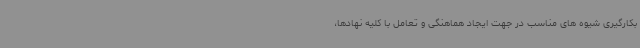
بکارگیری شیوه های مناسب در جهت ایجاد هماهنگی و تعامل با کلیه نهادها،